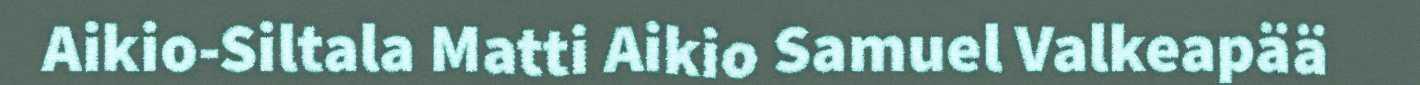
Aikio-Siltala Matti Aikio Samuel Valkeapää